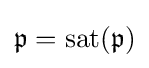
{\mathfrak {p}}=\operatorname {sat} ({\mathfrak {p}})